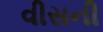
વીસની